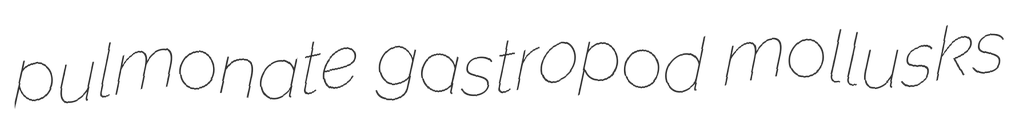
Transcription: pulmonate gastropod mollusks